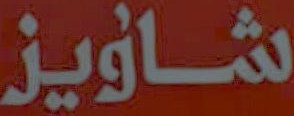
شاویز